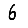
Digit: 6